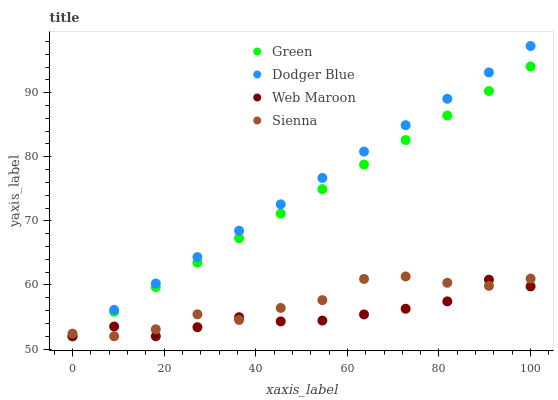
| xaxis_label | Green | Dodger Blue | Web Maroon | Sienna |
 | --- | --- | --- | --- | --- |
 | 0 | 52 | 52 | 52 | 52.4 |
 | 9.09 | 55.8 | 56.1 | 53.5 | 52 |
 | 18.2 | 59.7 | 60.2 | 52 | 53.1 |
 | 27.3 | 63.5 | 64.3 | 53.4 | 55.4 |
 | 36.4 | 67.3 | 68.5 | 55 | 54.5 |
 | 45.5 | 71.1 | 72.6 | 54.3 | 56.4 |
 | 54.5 | 75 | 76.7 | 54.4 | 57.6 |
 | 63.6 | 78.8 | 80.8 | 55.4 | 60.9 |
 | 72.7 | 82.6 | 84.9 | 56.3 | 61.3 |
 | 81.8 | 86.4 | 89 | 57.4 | 60.3 |
 | 90.9 | 90.3 | 93.2 | 60.8 | 59.9 |
 | 100 | 94.1 | 97.3 | 59.8 | 61 |